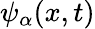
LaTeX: \psi_{\alpha}(x,t)